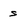
Character: s